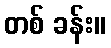
တစ် ခန်း။